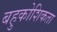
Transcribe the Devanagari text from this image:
बहुकोशिकता